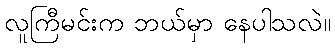
လူကြီမင်းက ဘယ်မှာ နေပါသလဲ။